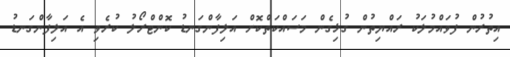
އިތުރުން ފުވައްމުލަކު ރައްޔިތުން ގުޅިގެން މަސައްކަތްކޮށް އަލިފާންގަނޑު ކޮންޓްރޯލު ކުރެވި އެ އަލިފާންގަނޑު